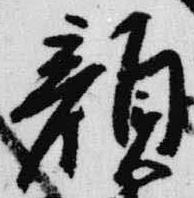
顔